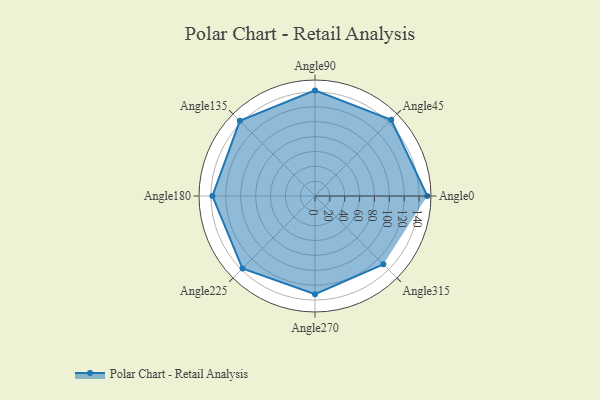
{"axis": {"x": "Angle", "y": "Radius"}, "legend": [""], "data": [{"x": "Angle0", "y": 151.0, "type": ""}, {"x": "Angle45", "y": 145.0, "type": ""}, {"x": "Angle90", "y": 142.0, "type": ""}, {"x": "Angle135", "y": 143.0, "type": ""}, {"x": "Angle180", "y": 138.0, "type": ""}, {"x": "Angle225", "y": 138.0, "type": ""}, {"x": "Angle270", "y": 132.0, "type": ""}, {"x": "Angle315", "y": 130.0, "type": ""}]}